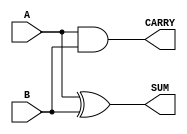
module parameterized_half_adder #(
    parameter BIT_WIDTH = 1 // Default bit-width is set to 1 for a half-adder
)(
    input  [BIT_WIDTH-1:0] A,  // Input A
    input  [BIT_WIDTH-1:0] B,  // Input B
    output [BIT_WIDTH-1:0] SUM, // Output SUM
    output [BIT_WIDTH-1:0] CARRY // Output CARRY
);

    // Sum calculation using XOR
    assign SUM = A ^ B;

    // Carry calculation using AND
    assign CARRY = A & B;

endmodule